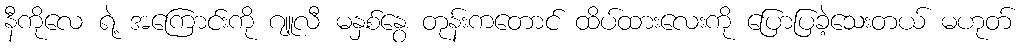
နီကိုလေ ရဲ့ အကြောင်းကို ဂျူလီ မနှစ်နွေ တုန်းကတောင် ထိပ်ထားလေးကို ပြောပြခဲ့သေးတယ် မဟုတ်